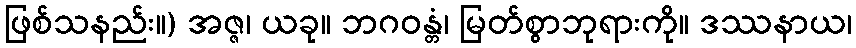
ဖြစ်သနည်း။) အဇ္ဇ၊ ယခု။ ဘဂဝန္တံ၊ မြတ်စွာဘုရားကို။ ဒဿနာယ၊